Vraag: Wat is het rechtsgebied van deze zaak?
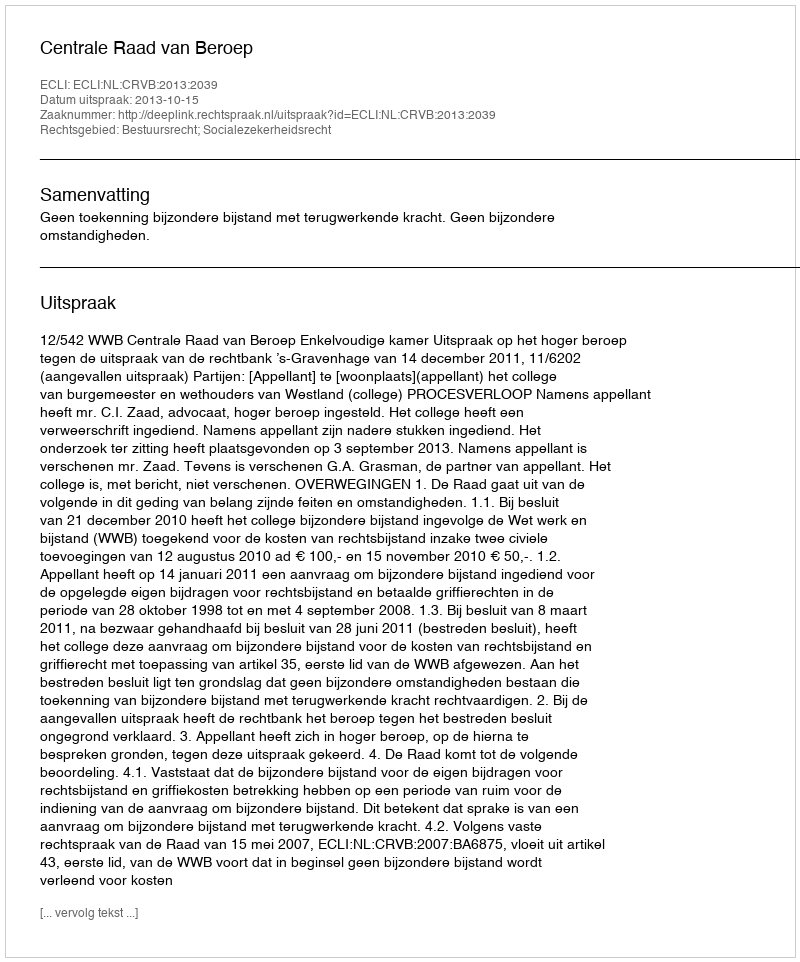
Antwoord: Bestuursrecht; Socialezekerheidsrecht